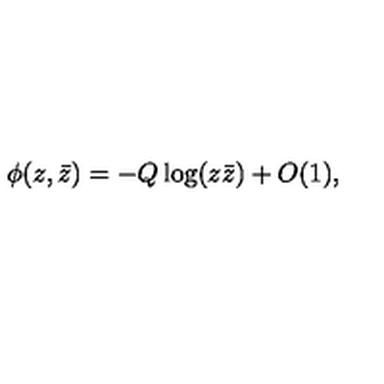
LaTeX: \phi ( z , \bar { z } ) = - Q \log ( z \bar { z } ) + O ( 1 ) , \nonumber